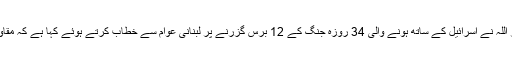
تفصیلات کے مطابق لبنان کی مسلح سیاسی جماعت حزب اللہ کے سیکریٹری جنرل حسن نصر اللہ نے اسرائیل کے ساتھ ہونے والی 34 روزہ جنگ کے 12 برس گزرنے پر لبنانی عوام سے خطاب کرتے ہوئے کہا ہے کہ مقاومت کی تحریک (حزب اللہ) اسرائیلی دفاعی فورس سے زیادہ مستحکم اور طاقتور ہوچکی ہے۔